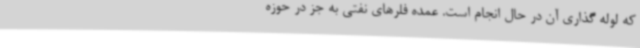
که لوله گذاری آن در حال انجام است. عمده فلرهای نفتی به جز در حوزه